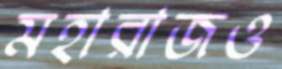
মহারাজও